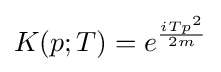
K(p;T)=e^{\frac {iTp^{2}}{2m}}